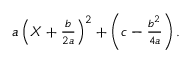
\begin{array} { r } { a \left( X + \frac { b } { 2 a } \right) ^ { 2 } + \left( c - \frac { b ^ { 2 } } { 4 a } \right) . } \end{array}